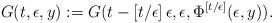
LaTeX: \begin{align*}G(t,\epsilon,y):=G(t-[t/\epsilon]\,\epsilon,\epsilon,\Phi^{[t/\epsilon]}(\epsilon,y)).\end{align*}